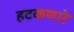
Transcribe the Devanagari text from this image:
हटकणारे